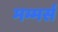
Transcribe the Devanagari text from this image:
मम्मर्स